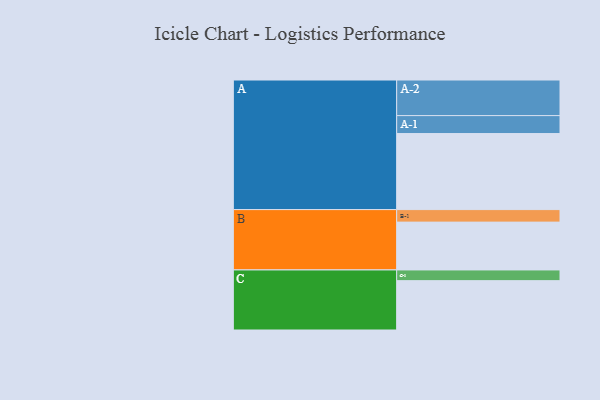
{"axis": {"x": "Segment", "y": "Value"}, "legend": ["", "A", "B", "C"], "data": [{"x": "A", "y": 504, "type": ""}, {"x": "B", "y": 317, "type": ""}, {"x": "C", "y": 327, "type": ""}, {"x": "A-1", "y": 119, "type": "A"}, {"x": "A-2", "y": 236, "type": "A"}, {"x": "B-1", "y": 83, "type": "B"}, {"x": "C-1", "y": 71, "type": "C"}]}